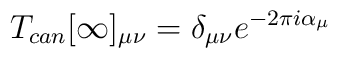
T_{can}[\infty]_{\mu\nu}=\delta_{\mu\nu}e^{-2\pi i \alpha_{\mu}}